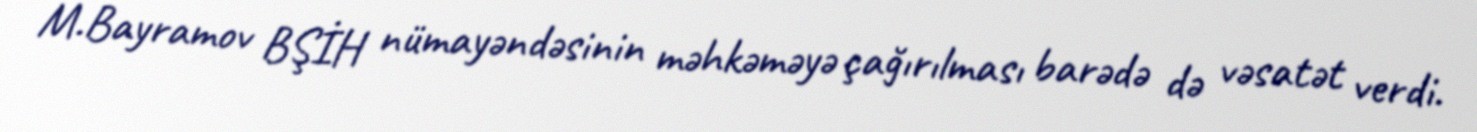
M.Bayramov BŞİH nümayəndəsinin məhkəməyə çağırılması barədə də vəsatət verdi.